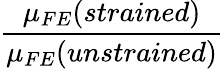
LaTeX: \frac{\mu_{FE}(strained)}{\mu_{FE}(unstrained)}